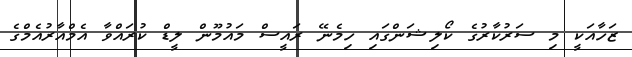
ޒަހާއަކީ މި ސަރުކާރުގެ ކޯލިޝަންގައި ހިމެނޭ ރައީސް މައުމޫން ލީޑް ކުރައްވާ އެމްއާރުއެމްގެ